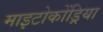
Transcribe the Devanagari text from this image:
माइटोकोंड्रिया